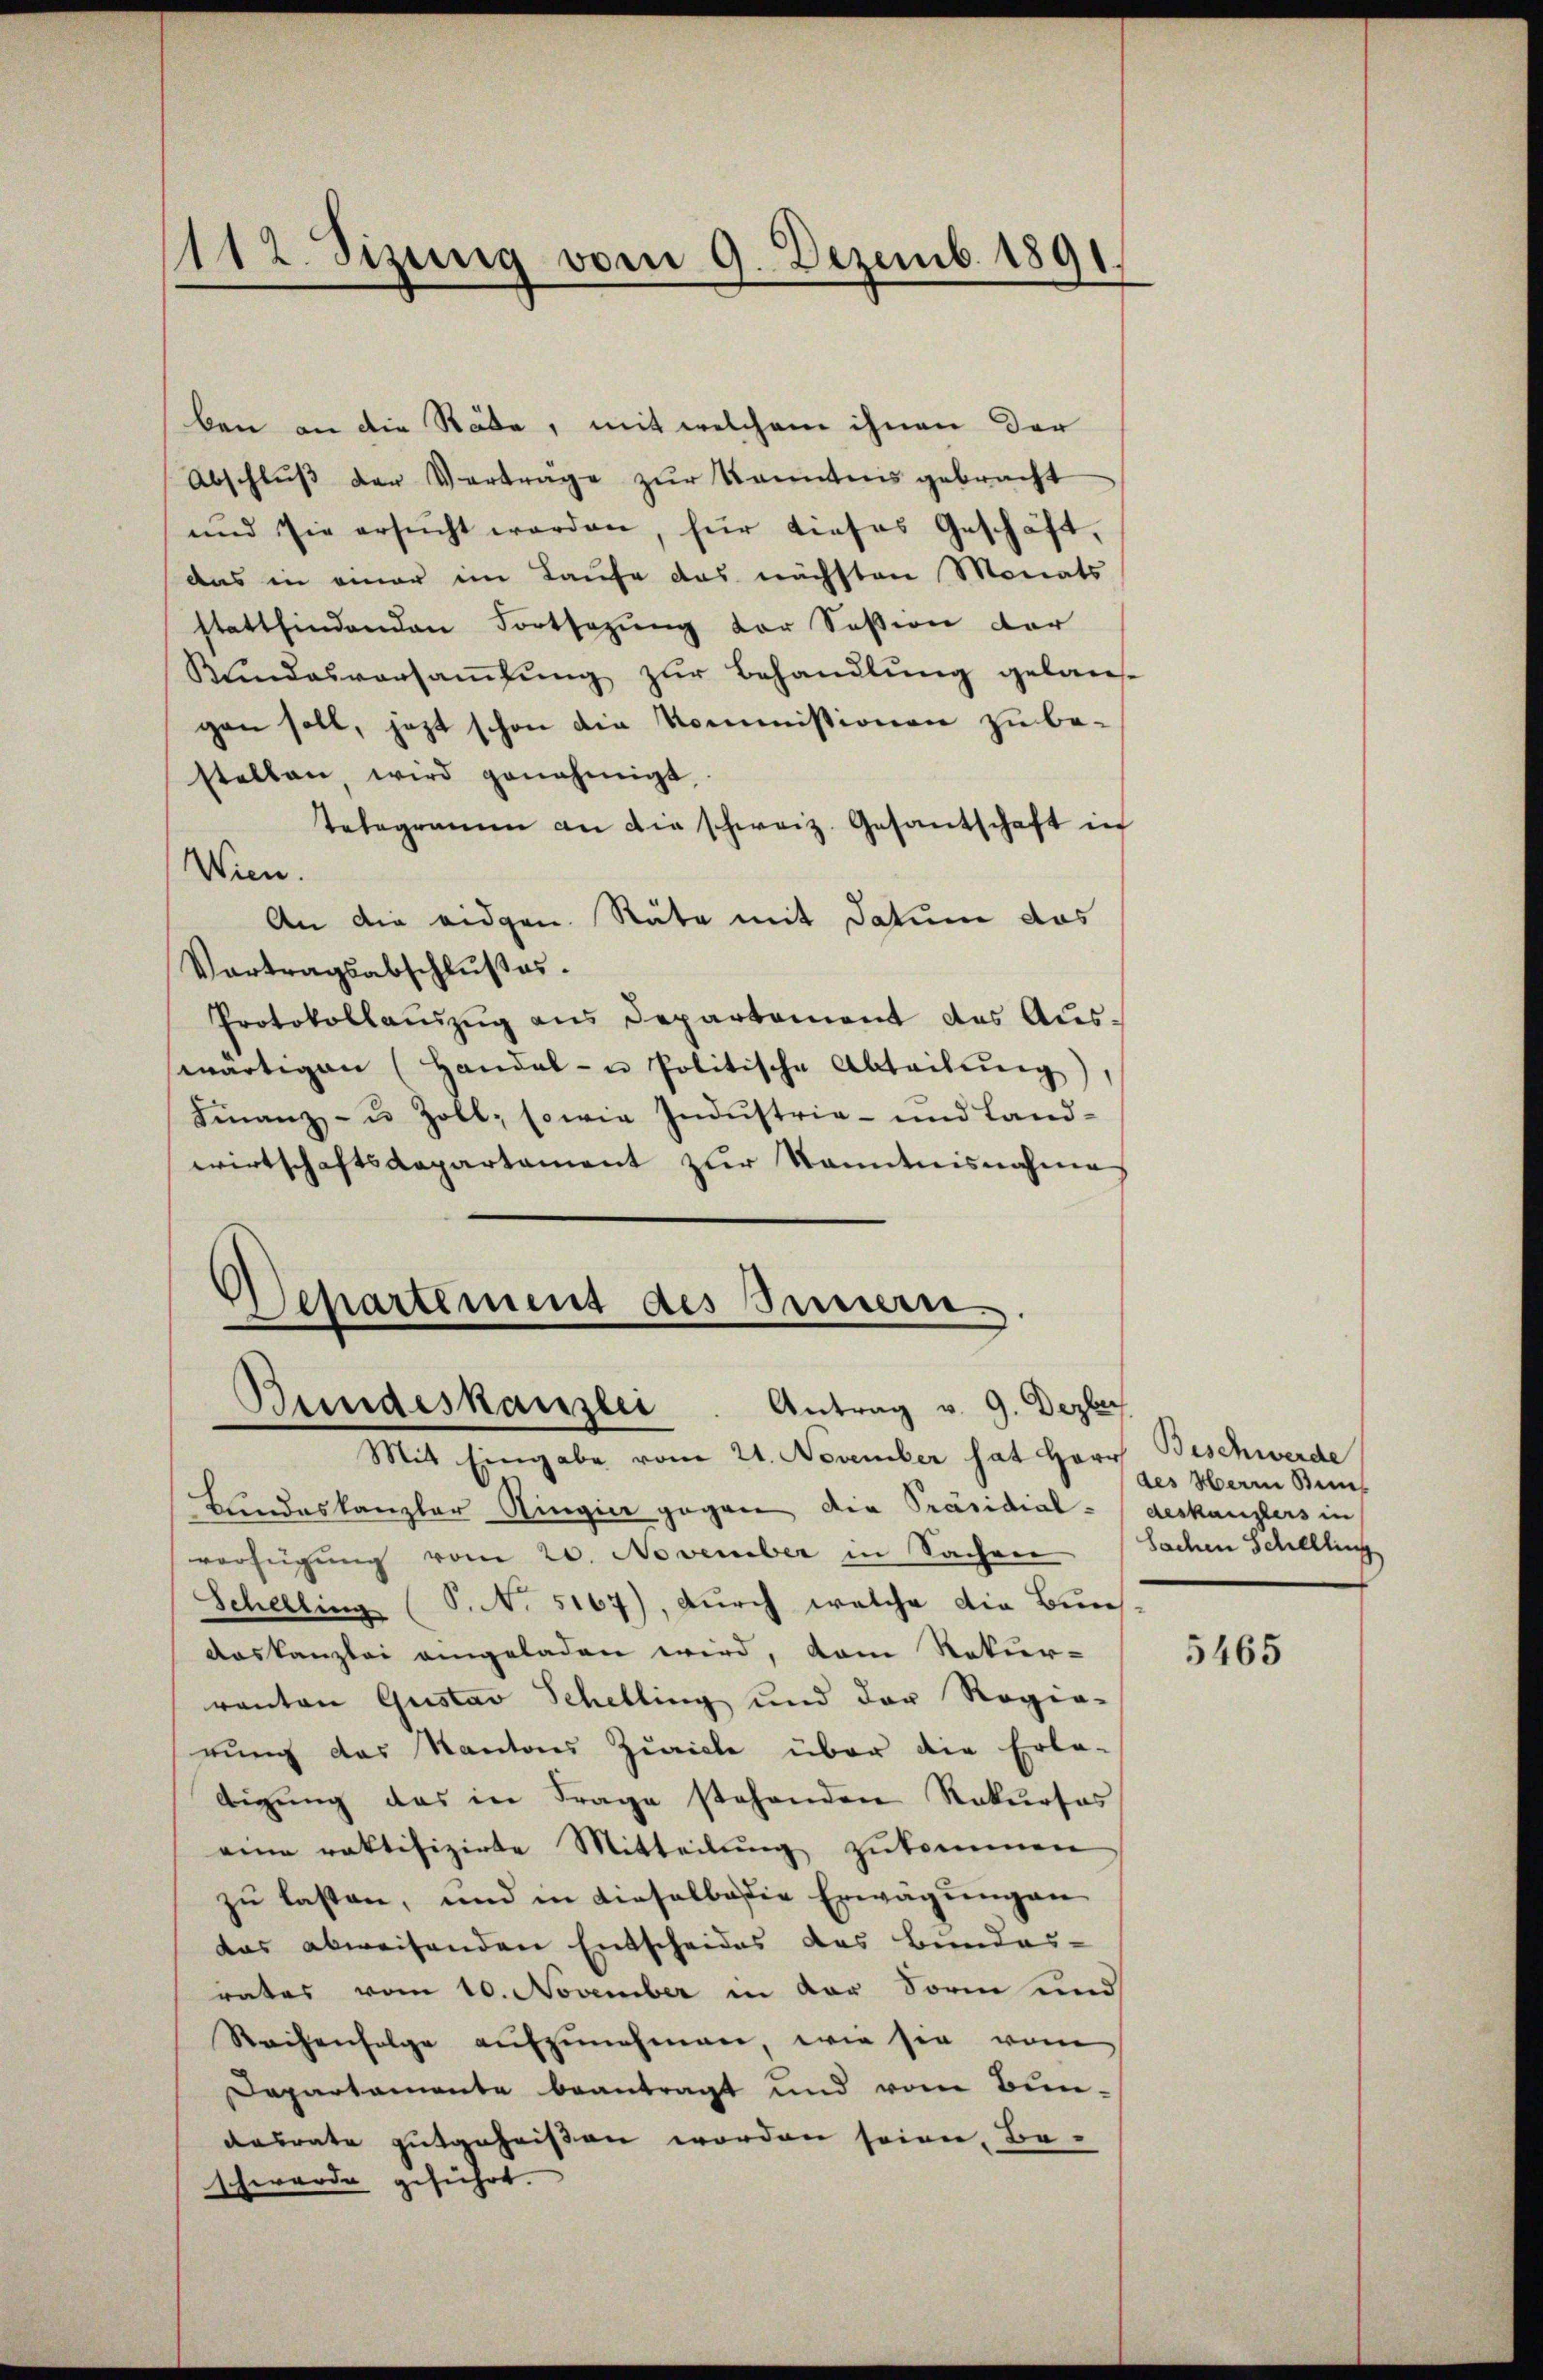
1112. Sizung vom 9. Dezemb. 1891.

ben an die Räte, mit welchem ihnen der
Abschlŭβ der Verträge zŭr Kenntnis gebracht
und sie ersŭcht werden, für dieses Geschäft,
das in einer im Laufe das nächsten Monats
stattfindenden Fortsezung der Session der
Kundesversaṁlŭng zur Behandlung gelangen soll, jezt schon die Kommissionen zu be-
stellen, wird genehmigt.
Telegramm an die schweiz. Gesantschaft in
Wien.
An die eidgen. Räte mit Datum das
Vortragsabschlußes.
Protokollaŭszŭg ans Departement des Auswärtigen (Handel- u Politische Abteilung),
Finanz- u. Zoll, sowie Industria- und Land-
wirtschaftsdepartament zur Kenntnisnahmes

Schartemens des Innern.
Bundeskanzlei. Antrag v. 9. Dezber

Mit Eingabe vom 21. November hat Herr Beschwerde
Blindeskanzler Ringier gegen die Präsidial- deskanzlers in
verfügung vom 20. November in Sachen
Schelling (S. N. 5167), durch welche die Bun¬
Aaskanzlei eingeladen wird, dem Rekur-
ranton Gustav Schelling und der Rogia-
rung das Kantons Zürich über die Erla-
digŭng das in Frage stehenden Rekurses
eine raktifizirte Mitteilŭng zukommen
zu lassen, und in dieselbe die Erwägungen
das abweisenden Entscheides des Bundes-
rates vom 10. November in der Sorm und
Reihenfolge aufzunehmen, wie sie vom
Departamente beantragt und vom Bundesrate gutgeheißen worden seien, Be-
schwerde geführt.

des Herrn Beis
Sachen Schelling

5465